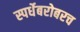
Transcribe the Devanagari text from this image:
स्पर्धेबरोबरच